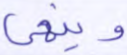
وينهى